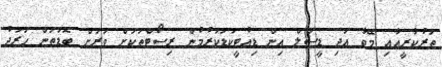
ތަރުކާރީއާއި މޭވާ އަދި ޑީސަލް އިން ޑިއުޓީކުޑަކުރުމުން ރިސޯޓްތަކަށް ވަރަށް ބޮޑުތަން ހަރަދު